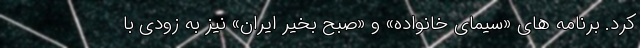
کرد. برنامه های «سیمای خانواده» و «صبح بخیر ایران» نیز به زودی با